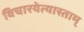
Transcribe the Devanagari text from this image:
विचारयेत्यास्ताम्